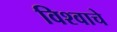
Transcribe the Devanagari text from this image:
विश्‍वाचे